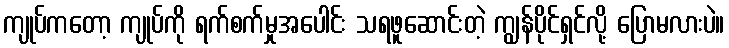
ကျုပ်ကတော့ ကျုပ်ကို ရက်စက်မှုအပေါင်း သရဖူဆောင်းတဲ့ ကျွန်ပိုင်ရှင်လို့ ပြောမလားပဲ။